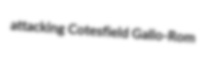
attacking Cotesfield Gallo-Rom